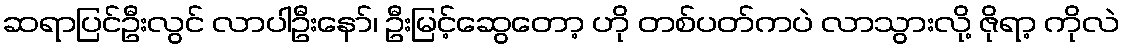
ဆရာပြင်ဦးလွင် လာပါဦးနော်၊ ဦးမြင့်ဆွေတော့ ဟို တစ်ပတ်ကပဲ လာသွားလို့ ဇိုရာ့ ကိုလဲ